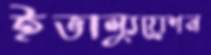
ইভাল্যুয়েশন